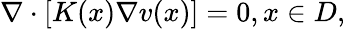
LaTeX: \begin{array}{r}{\nabla\cdot\left[K(x)\nabla v(x)\right]=0,x\in D,}\end{array}